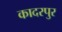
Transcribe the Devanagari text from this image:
कादरपुर